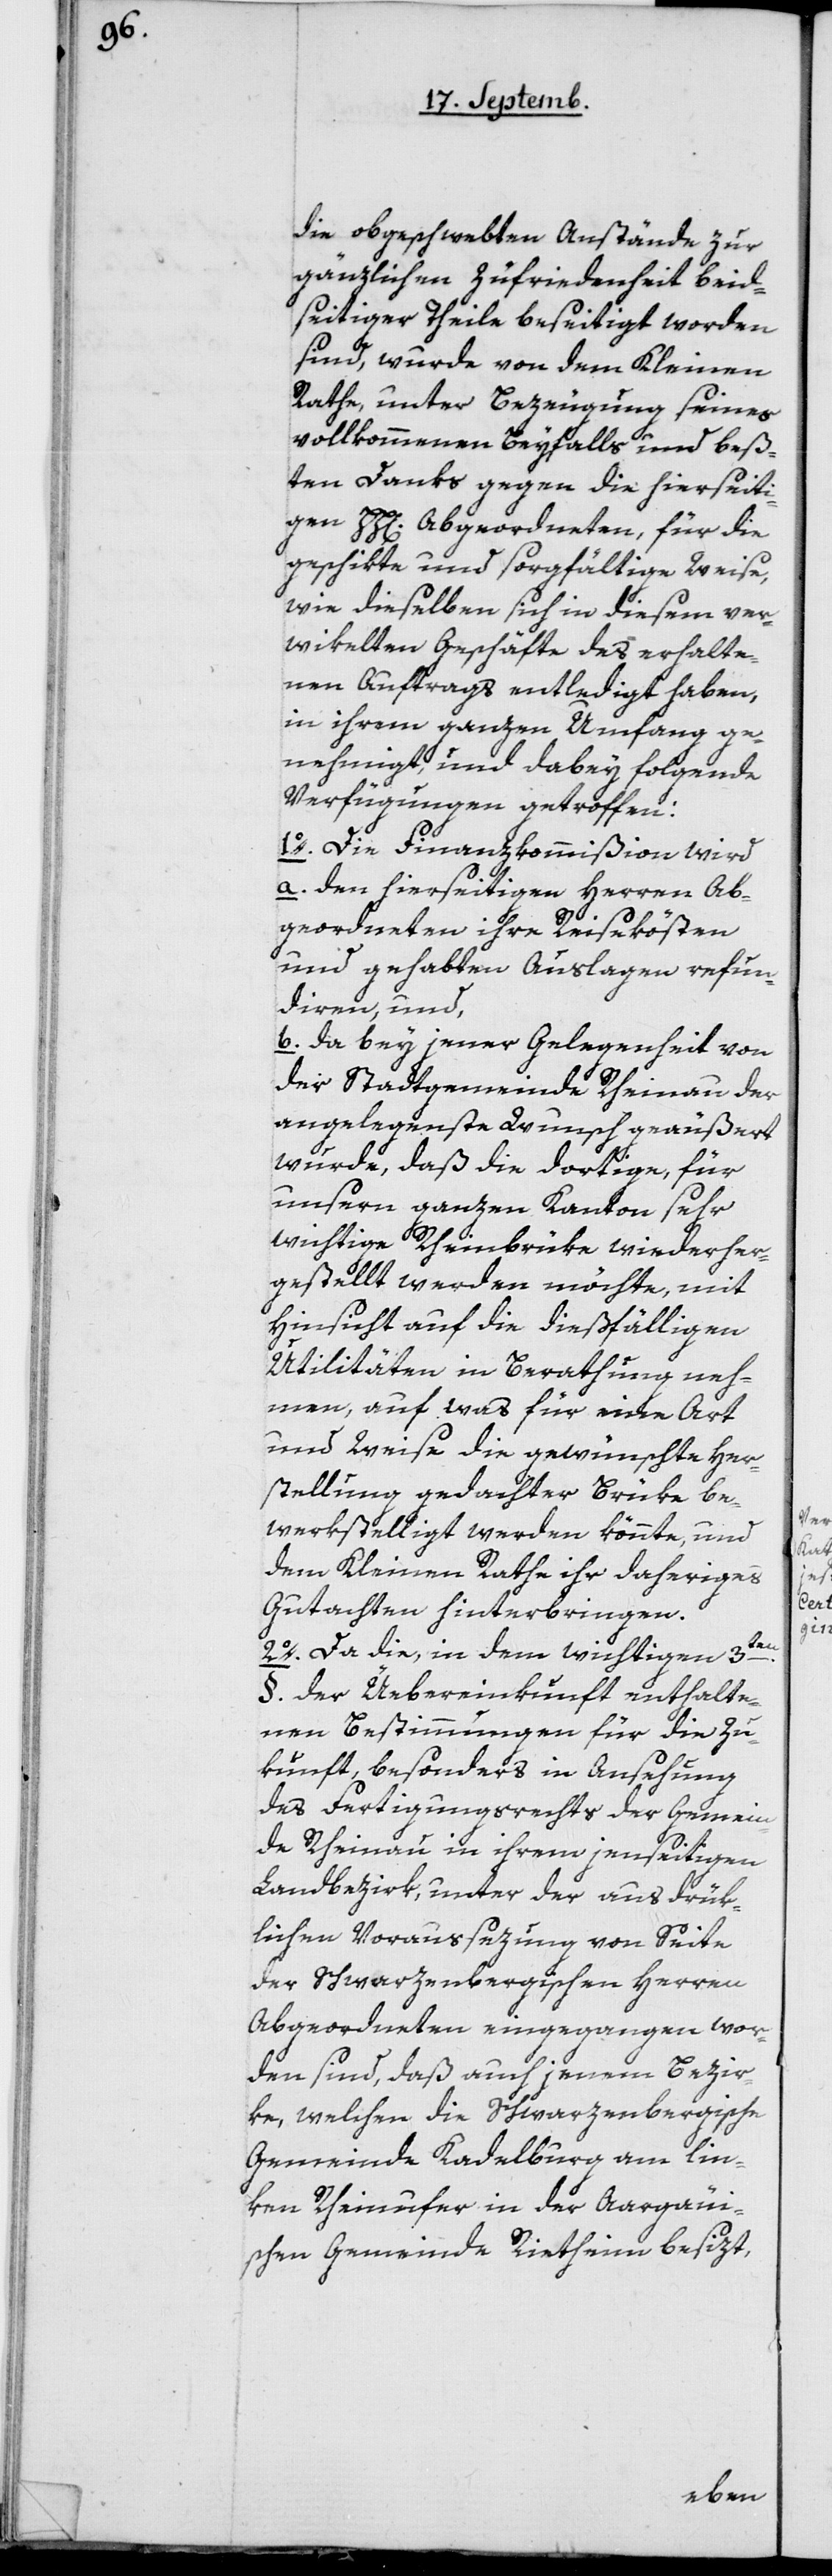
die obgeschwebten Anstände zur
gänzlichen Zufriedenheit beid¬
seitiger Theile beseitigt worden
sind, wurde von dem Kleinen
Rathe unter Bezeugung seines
vollkommenen Beyfalls und beß¬
ten Danks gegen die hierseiti¬
gen HH. Abgeordneten, für die
geschikte und sorgfältige Weise,
wie dieselben sich in diesem ver¬
wikelten Geschäfte des erhalte¬
nen Auftrags entledigt haben,
in ihrem ganzen Umfang ge¬
nehmigt, und dabey folgende
Verfügungen getroffen:
1o Die Finanzkommißion wird
a. den hierseitigen Herren Ab¬
geordneten ihre Reisekösten
und gehabten Auslagen refun¬
dieren, und,
b. da bey jener Gelegenheit von
der Stadtgemeinde Rheinau der
angelegenste Wunsch geäußert
wurde, daß die dortige, für
unsern ganzen Kanton sehr
wichtige Rheinbrüke wiederher¬
gestellt werden möchte, mit
Hinsicht auf die dießfälligen
Utilitäten in Berathung neh¬
men, auf was für eine Art
und Weise die gewünschte Her¬
stellung gedachter Brüke be¬
werkstelligt werden könnte, und
dem Kleinen Rathe ihr daheriges
Gutachten hinterbringen.
2o Da die, in dem wichtigen 3ten
§ der Übereinkunft enthalte¬
nen Bestimmungen für die Zu¬
kunft, besonders in Ansehung
des Fertigungsrechts der Gemein¬
de Rheinau in ihrem jenseitigen
Landbezirk, unter der ausdrük¬
lichen Voraussezung von Seite
der Schwarzenbergischen Herren
Abgeordneten eingegangen wor¬
den sind, daß auch jenem Bezir¬
ke, welchen die schwarzenbergische
Gemeinde Kadelburg am lin¬
ken Rheinufer in der Argaui¬
schen Gemeinde Rietheim besizt,